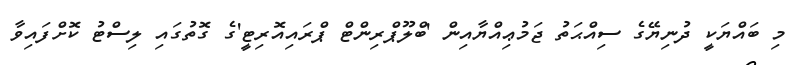
މި ބައްޔަކީ ދުނިޔޭގެ ސިއްޙަތު ޖަމުޢިއްޔާއިން 'ބްލޫޕްރިންޓް ޕްރައިއޮރިޓީ'ގެ ގޮތުގައި ލިސްޓު ކޮށްފައިވާ